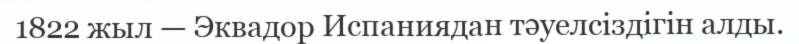
1822 жыл — Эквадор Испаниядан тәуелсіздігін алды.